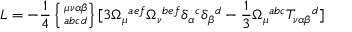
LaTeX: { \cal L } = - \frac { 1 } { 4 } \left\{ \phantom { | } _ { a b c d } ^ { \mu \nu \alpha \beta } \right\} [ 3 \Omega _ { \mu } { } ^ { a e f } \Omega _ { \nu } { } ^ { b e f } \delta _ { \alpha } { } ^ { c } \delta _ { \beta } { } ^ { d } - \frac { 1 } { 3 } \Omega _ { \mu } { } ^ { a b c } T _ { \nu \alpha \beta } { } ^ { d } ]